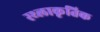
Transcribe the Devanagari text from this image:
स्थ्लाकृतिक